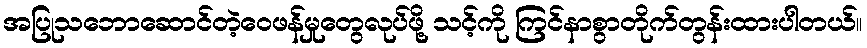
အပြုသဘောဆောင်တဲ့ဝေဖန်မှုတွေလုပ်ဖို့ သင့်ကို ကြင်နာစွာတိုက်တွန်းထားပါတယ်။